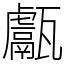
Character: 甗